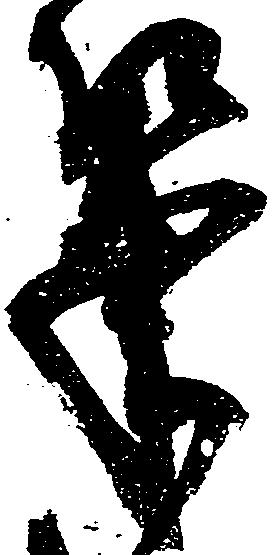
筆